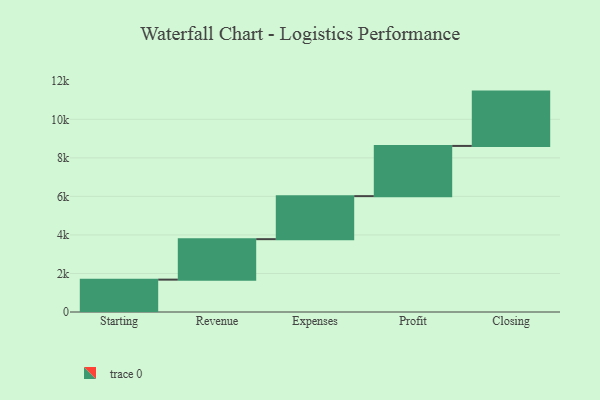
{"axis": {"x": "Step", "y": "Value"}, "legend": [""], "data": [{"x": "Starting", "y": 1680.0, "type": ""}, {"x": "Revenue", "y": 2101.0, "type": ""}, {"x": "Expenses", "y": 2233.0, "type": ""}, {"x": "Profit", "y": 2606.0, "type": ""}, {"x": "Closing", "y": 2820.0, "type": ""}]}